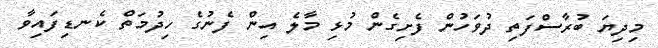
މިދިޔަ ބުރާސްފަތި ދުވަހުން ފެށިގެން މުޅި މާލެ އިން ފެނުގެ ހިދުމަތް ކެނޑިފައިވާ